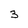
Character: 3